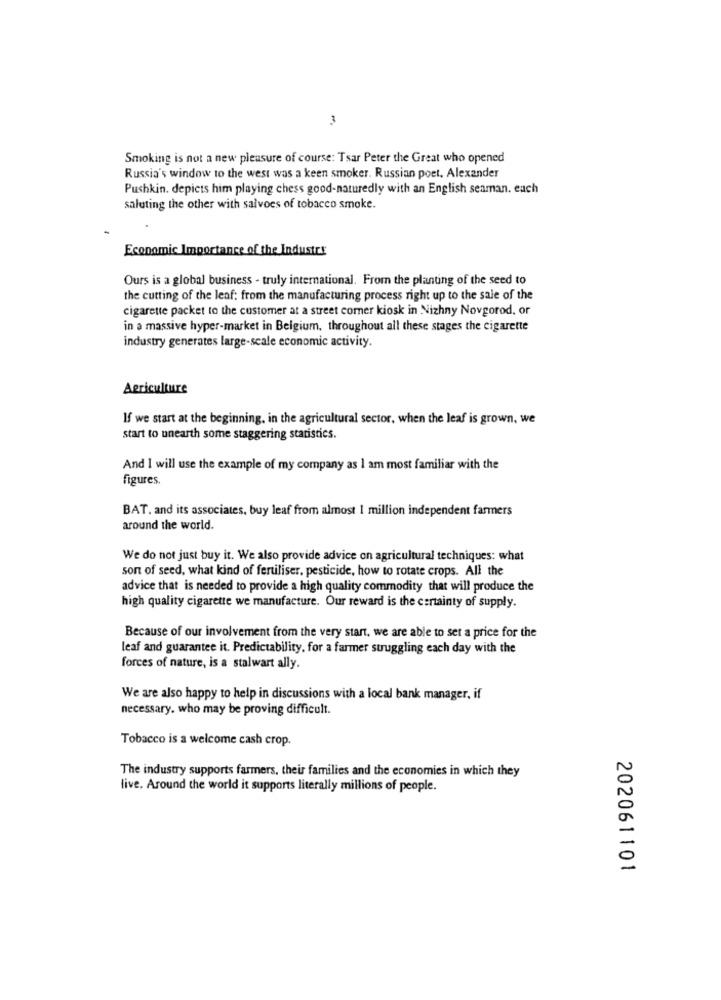
3
Smoking is not a new pleasure of course: Tsar Peter the Great who opened
Russia's window to the west was a keen smoker. Russian poet, Alexander
Pushkin. depicts him playing chess good-naturedly with an English senman. each
saluting the other with salvoes of tobacco smoke.
Economic Importance of the Industry
Ours is a global business - truly international. From the planting of the seed to
the cutting of the leaf: from the manufacturing process right up to the sale of the
cigarette packet to the customer at a street comer kiosk in Nizhny Novgorod, or
in a massive hyper-market in Belgium, throughout all these stages the cigarette
industry generates large-scale economic activity.
Agriculture
If we start at the beginning, in the agricultural sector, when the leaf is grown, we
start to unearth some staggering statistics.
And I will use the example of my company as I am most familiar with the
figures
BAT, and its associates, buy leaf from almost 1 million independent farmers
around the world.
We do not just buy it. We also provide advice on agricultural techniques: what
son of seed, what kind of fertiliser, pesticide, how to rotate crops. All the
advice that is needed to provide a high quality commodity that will produce the
high quality cigarette we manufacture. Our reward is the certainty of supply.
Because of our involvement from the very start, we are able to set a price for the
leaf and guarantee it. Predictability, for a farmer struggling each day with the
forces of nature, is a stalwart ally.
We are also happy to help in discussions with a local bank manager, if
necessary. who may be proving difficult.
Tobacco is a welcome cash crop.
The industry supports farmers, their families and the economies in which they
live. Around the world it supports literally millions of people.
202061101